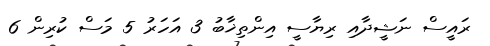
ރައީސް ނަޝީދާއި ރިޔާސީ އިންތިޚާބު 3 އަހަރު 5 މަސް ކުރިން 6